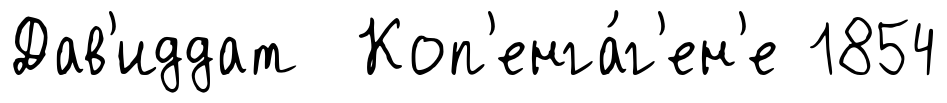
Дав'иддат Коп'енга́г'ен'е 1854